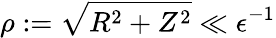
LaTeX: \rho:=\sqrt{R^{2}+Z^{2}}\ll\epsilon^{-1}